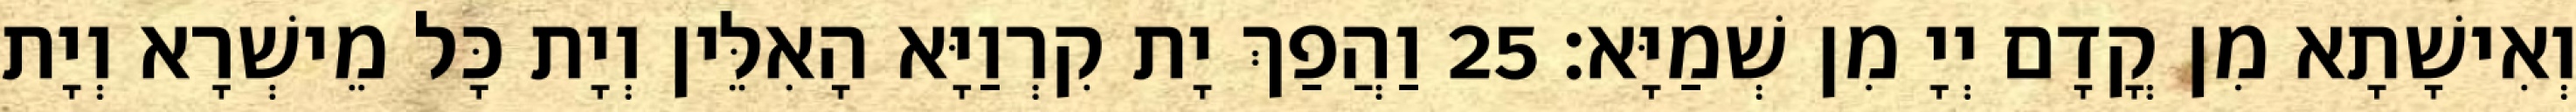
וְאִישָׁתָא מִן קֳדָם יְיָ מִן שְׁמַיָּא׃ 25 וַהֲפַךְ יָת קִרְוַיָּא הָאִלֵּין וְיָת כָּל מֵישְׁרָא וְיָת